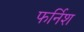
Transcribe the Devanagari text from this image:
फर्निश